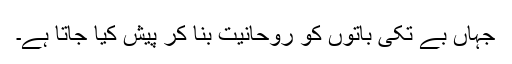
جہاں بے تکی باتوں کو روحانیت بنا کر پیش کیا جاتا ہے۔